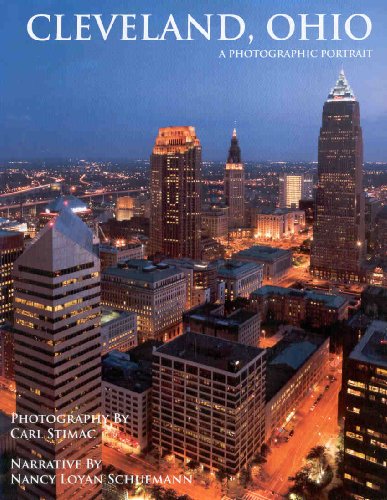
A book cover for Cleveland, Ohio: A Photographic Portrait; Carl Stimac; Travel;